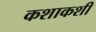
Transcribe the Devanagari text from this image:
कशाकशी